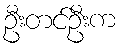
ဦးတင်ဦးက